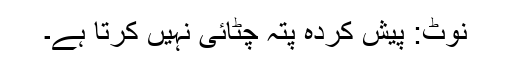
نوٹ: پیش کردہ پتہ چٹائی نہیں کرتا ہے۔